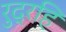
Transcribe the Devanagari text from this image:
रुद्रहि